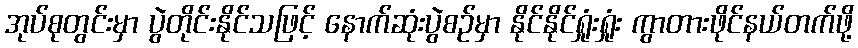
အုပ်စုတွင်းမှာ ပွဲတိုင်းနိုင်သဖြင့် နောက်ဆုံးပွဲစဉ်မှာ နိုင်နိုင်ရှုံးရှုံး ကွာတားဖိုင်နယ်တက်ဖို့